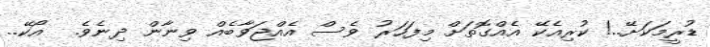
ޑުރީމަކަށޭ..! ކުރިއެކޭ އެއްގޮތަށް މިފަހަރު ވެސް އެއްޖަވާބެއް ވިނާން ދިނެވެ.  އޯކޭ..